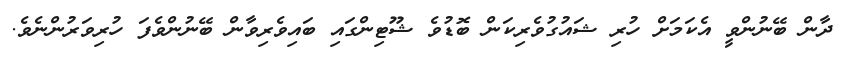
ދާން ބޭނުންވީ އެކަމަށް ހުރި ޝައުގުވެރިކަން ބޮޑުވެ ޝޫޓިންގައި ބައިވެރިވާން ބޭނުންވެފަ ހުރިވަރުންނެވެ.